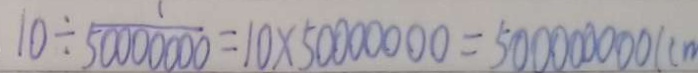
1 0 \div \frac { 1 } { 5 0 0 0 0 0 0 0 } = 1 0 \times 5 0 0 0 0 0 0 0 = 5 0 0 0 0 0 0 0 0 ( c m